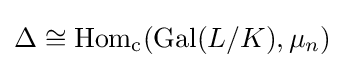
\Delta \cong \operatorname {Hom} _{\text{c}}(\operatorname {Gal} (L/K),\mu _{n})